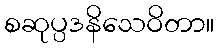
စဆုပ္ပဒနိသေဝိတာ။